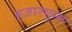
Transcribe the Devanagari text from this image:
हजारगुना